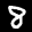
Label: 8